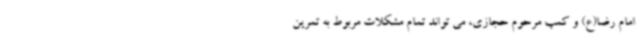
امام رضا(ع) و کمپ مرحوم حجازی، می تواند تمام مشکلات مربوط به تمرین